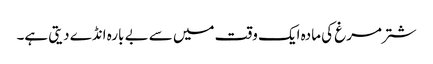
شتر مرغ کی مادہ ایک وقت میں سے بے بارہ انڈے دیتی ہے۔